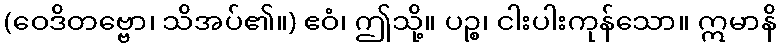
(ဝေဒိတဗ္ဗော၊ သိအပ်၏။) ဧဝံ၊ ဤသို့။ ပဉ္စ၊ ငါးပါးကုန်သော။ ဣမာနိ